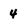
Character: 4